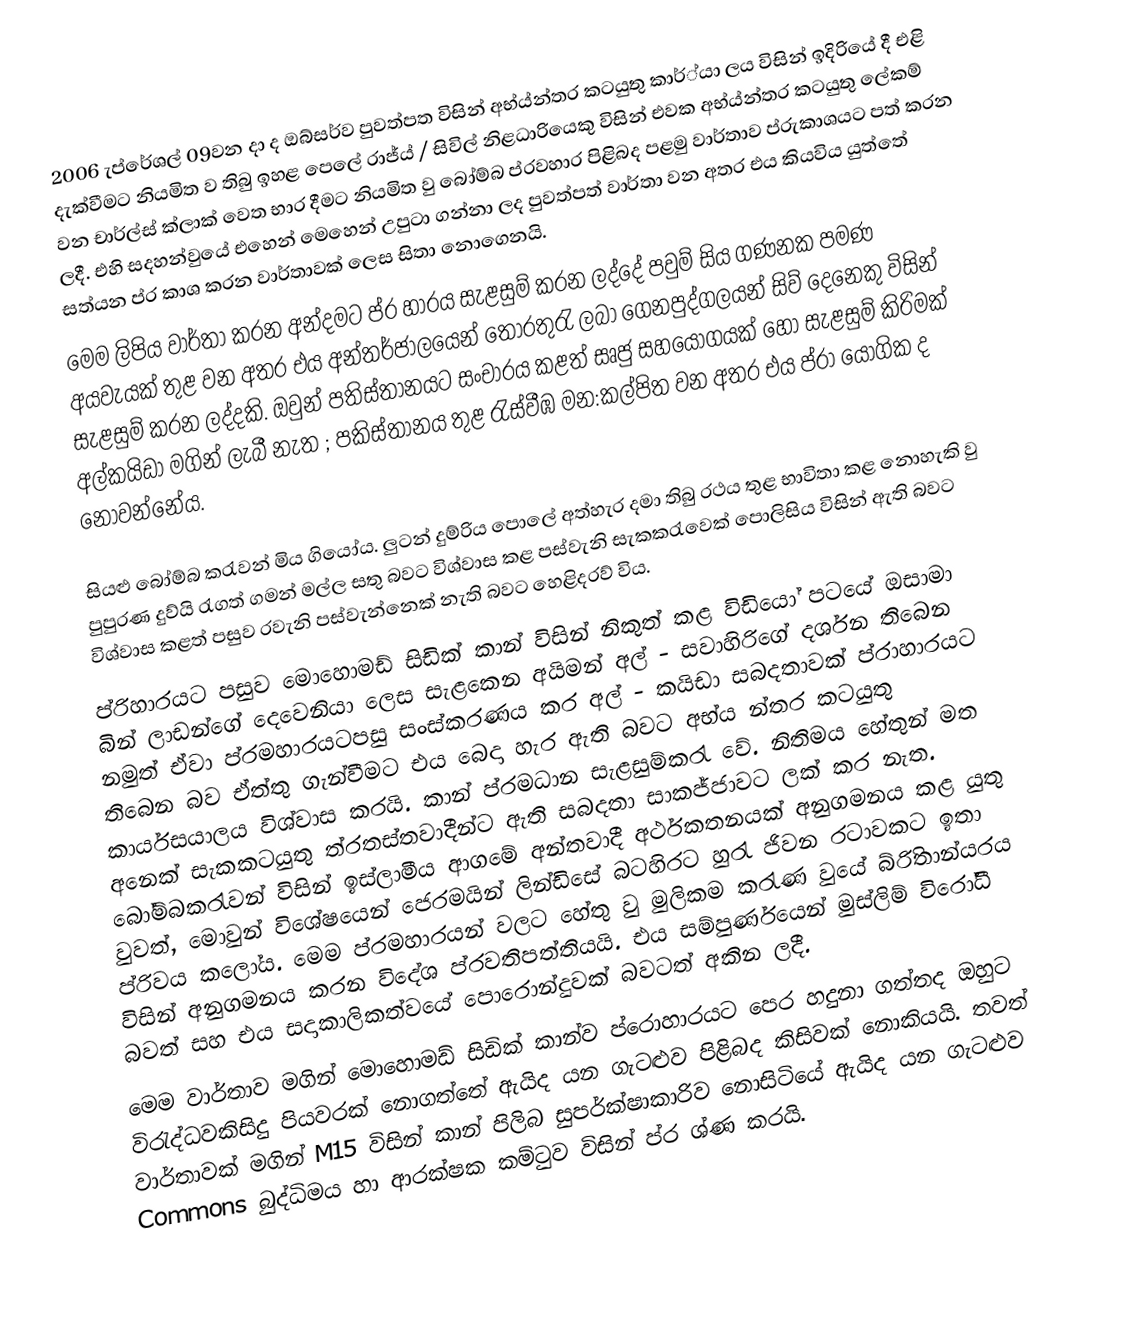
2006 ැප්රේශල් 09වන දා ද ඔබ්සර්ව පුවත්පත විසින් අභ්ය්න්තර කටයුතු කාර්්යා ලය විසින් ඉදිරියේ දී එළි දැක්වීමට නියමිත ව තිබු ඉහළ පෙලේ රාජ්ය් / සිවිල් නිළධාරියෙකු විසින් එවක අභ්ය්න්තර කටයුතු ලේකම් වන චාර්ල්ස් ක්ලාක් වෙත භාර දීමට නියමිත වු බෝම්බ ප්රවහාර පිළිබද පළමු වාර්තාව ප්රුකාශයට පත් කරන ලදී. එහි සදහන්වුයේ එහෙන් මෙහෙන් උපුටා ගන්නා ලද පුවත්පත් වාර්තා වන අතර එය කියවිය යුත්තේ සත්යන ප්ර කාශ කරන වාර්තාවක් ලෙස සිතා  නොගෙනයි.
මෙම ලිපිය වාර්තා කරන අන්දමට ප්ර හාරය සැළසුම් කරන ලද්දේ පවුම් සිය ගණනක පමණ අයවැයක් තුළ වන අතර එය අන්තර්ජාලයෙන් තොරතුරැ ලබා ගෙනපුද්ගලයන් සිව් දෙනෙකු විසින් සැළසුම් කරන ලද්දකි. ඔවුන් පතිස්තානයට සංචාරය කළත් සෘජු සහයෝගයක් හෝ සැළසුම් කිරිමක් අල්කයිඩා මගින් ලැබී නැත ; පකිස්තානය තුළ රැස්වීඹ මන:කල්පිත වන අතර එය ප්රා යෝගික ද නොවන්නේය.

සියළු බෝම්බ කරැවන් මිය ගියෝය. ලුටන් දුම්රිය පොලේ අත්හැර දමා තිබු රථය තුළ භාවිතා කළ නොහැකි වු පුපුරණ දුව්යි රැගත් ගමන් මල්ල  සතු බවට විශ්වාස කළ පස්වැනි සැකකරැවෙක් පොලිසිය විසින් ඇති බවට විශ්වාස කළත් පසුව රවැනි පස්වැන්නෙක් නැති බවට හෙළිදරව් විය.
ප්රිහාරයට පසුව මොහොමඩ් සිඩික් කාන් විසින් නිකුත් කළ විඩියෝ පටයේ ඔසාමා බින් ලාඩන්ගේ දෙවෙනියා ලෙස සැළකෙන අයිමන් අල් - සවාහිරිගේ දර්ශන තිබෙන නමුත් ඒවා ප්රමහාරයටපසු සංස්කරණය කර අල් - කයිඩා සබදතාවක් ප්රාහාරයට තිබෙන බව ඒත්තු ගැන්වීමට එය බෙදා හැර ඇති බවට අභ්ය න්තර කටයුතු කාර්යසයාලය විශ්වාස කරයි. කාන් ප්රමධාන සැළසුම්කරැ වේ. නිතිමය හේතුන් මත අනෙක් සැකකටයුතු ත්රතස්තවාදීන්ට ඇති සබදතා සාකජ්ජාවට ලක් කර නැත. බෝම්බකරැවන් විසින් ඉස්ලාමීය ආගමේ අන්තවාදී අර්ථකතනයක් අනුගමනය කළ යුතු වුවත්, මොවුන් විශේෂයෙන් ජෙරමයින් ලින්ඩිසේ බටහිරට හුරැ ජිවන රටාවකට ඉතා ප්රිවය කලෝය. මෙම ප්රමහාරයන් වලට හේතු වු මුලිකම කරැණ වුයේ බ්රිිතාන්යරය විසින් අනුගමනය කරන විදේශ ප්රවතිපත්තියයි. එය සම්පුර්ණයෙන් මුස්ලිම් විරෝධී බවත් සහ එය සදාකාලිකත්වයේ පොරොන්දුවක් බවටත් අකින ලදී.
මෙම වාර්තාව මගින් මොහොමඩ් සිඩික් කාන්ව ප්රොහාරයට පෙර හදුනා ගත්තද ඔහුට විරැද්ධවකිසිදු පියවරක් නොගත්තේ ඇයිද යන ගැටළුව පිළිබද කිසිවක් නොකියයි. තවත් වාර්තාවක් මගින් M15 විසින් කාන් පිලිබ  සුපර්ක්ෂාකාරිව නොසිටියේ ඇයිද යන ගැටළුව Commons බුද්ධිමය හා ආරක්ෂක කම්ටුව විසින් ප්ර ශ්ණ කරයි.